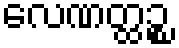
လေဏတ္ထဉ္စ